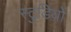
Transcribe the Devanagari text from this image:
स्टुडियों